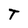
Character: t